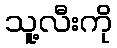
သူ့လီးကို